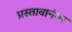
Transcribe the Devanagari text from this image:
प्रस्तावानंतर